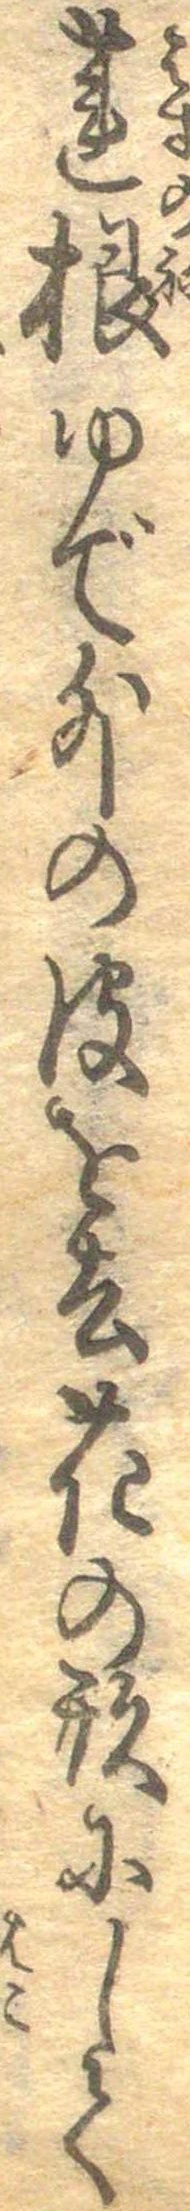
蓮根ゆで外の皮を去花の形にして